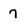
Character: 7